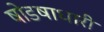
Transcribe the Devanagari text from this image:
षोडषाधारी